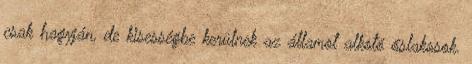
csak hagyján, de kisességbe kerülnek az államot alkotó őslakosok.